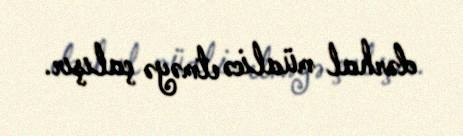
dərhal müalicə etməyə çalışır.